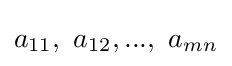
a_{11},\ a_{12},...,\ a_{mn}